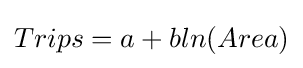
Trips=a+bln(Area)